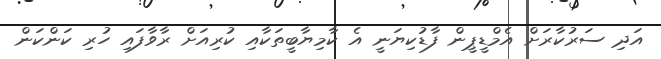
އަދި ސަރުކާރަށް އެމްޑީޕީން ފާޑުކިޔަނީ އެ ކާމިޔާބީތަކާއި ކުރިއަށް ރާވާފައި ހުރި ކަންކަން